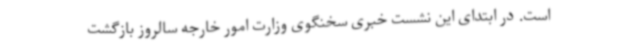
است. در ابتدای این نشست خبری سخنگوی وزارت امور خارجه سالروز بازگشت